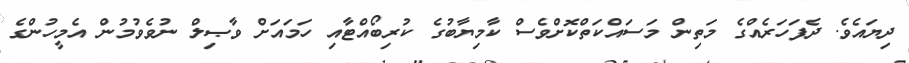
ދިޔައެވެ. ދެފަހަރެއްގެ މަތިން މަސައްކަތްކޮށްވެސް ކާމިޔާބުގެ ކުރިބޯއްޓާއި ހަމައަށް ވާޞިލް ނުވެވުމުން އެމީހުންގެ